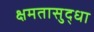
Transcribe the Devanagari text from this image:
क्षमतासुद्धा